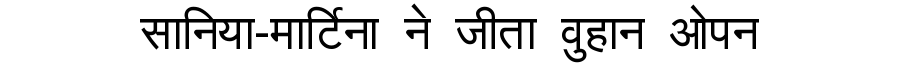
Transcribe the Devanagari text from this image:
सानिया-मार्टिना ने जीता वुहान ओपन